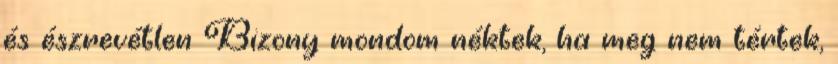
és észrevétlen Bizony mondom néktek, ha meg nem tértek,